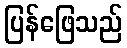
ပြန်ဖြေသည်